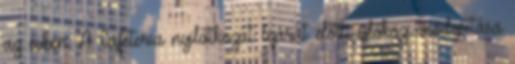
az évben. A Cafeteria nyilatkozat lejárat előtti időközi módosítása